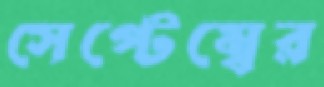
সেপ্টেম্বের